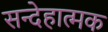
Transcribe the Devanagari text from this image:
सन्देहात्मक